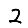
Digit: 2